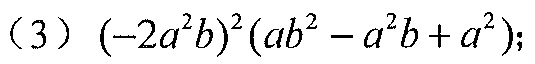
(3) \((-2a^{2}b)^{2}(ab^{2}-a^{2}b + a^{2})\);